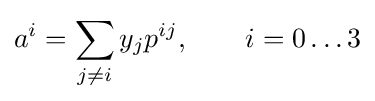
a^{i}=\sum _{j\neq i}y_{j}p^{ij},\qquad i=0\ldots 3